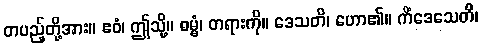
တပည့်တို့အား။ ဧဝံ၊ ဤသို့။ ဓမ္မံ၊ တရားကို။ ဒေသတိ၊ ဟော၏။ ကိံဒေသေတိ၊